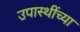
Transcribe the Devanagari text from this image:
उपास्थींच्या